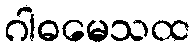
ဂါဓမေသထ